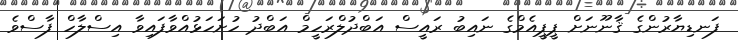
ފަނޑިޔާރުންގެ ޤާނޫނަށް ޕީޕީއެމްގެ ނައިބު ރައީސް އަބްދުލްރަހީމް އަބްދު ހުށަހަޅުއްވާފައިވާ އިސްލާހް ފާސްވެ